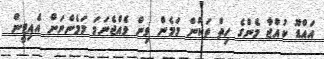
އައްޑޫ ކުއްޖާ މެންގެ ހިތް ތަކުން މަމެން ވިން ވެއްޖެނަމަ މަމެންނަށް އެއިޓީން